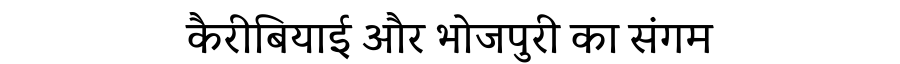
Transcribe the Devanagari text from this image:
कैरीबियाई और भोजपुरी का संगम